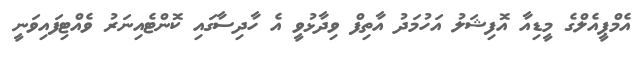
އެމްޕީއެލްގެ މީޑިއާ އޮފިޝަލު އަހުމަދު އާތިފް ވިދާޅުވީ އެ ހާދިސާގައި ކޮންޓެއިނަރު ވެއްޓިފައިވަނީ